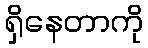
ရှိနေတာကို